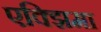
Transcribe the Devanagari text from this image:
एक्झिमा